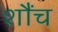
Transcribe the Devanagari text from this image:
शौंच